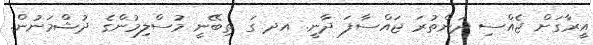
އީރާގަށް ޖެއްސި ދަންތުރަ ޖައްސާފަ ދާނީ. އދ ގަ ތިބޭނީ މުސްލިމުންގެ ދުޝްމަނުން.